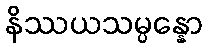
နိဿယသမ္ပန္နော